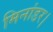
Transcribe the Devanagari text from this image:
मिनांडर।